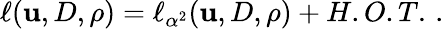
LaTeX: \ell({\mathbf{u}},{D},\rho)=\ell_{\alpha^{2}}({\mathbf{u}},{D},\rho)+H.O.T.\, .